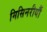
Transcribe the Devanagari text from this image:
मिसिनरीयौं